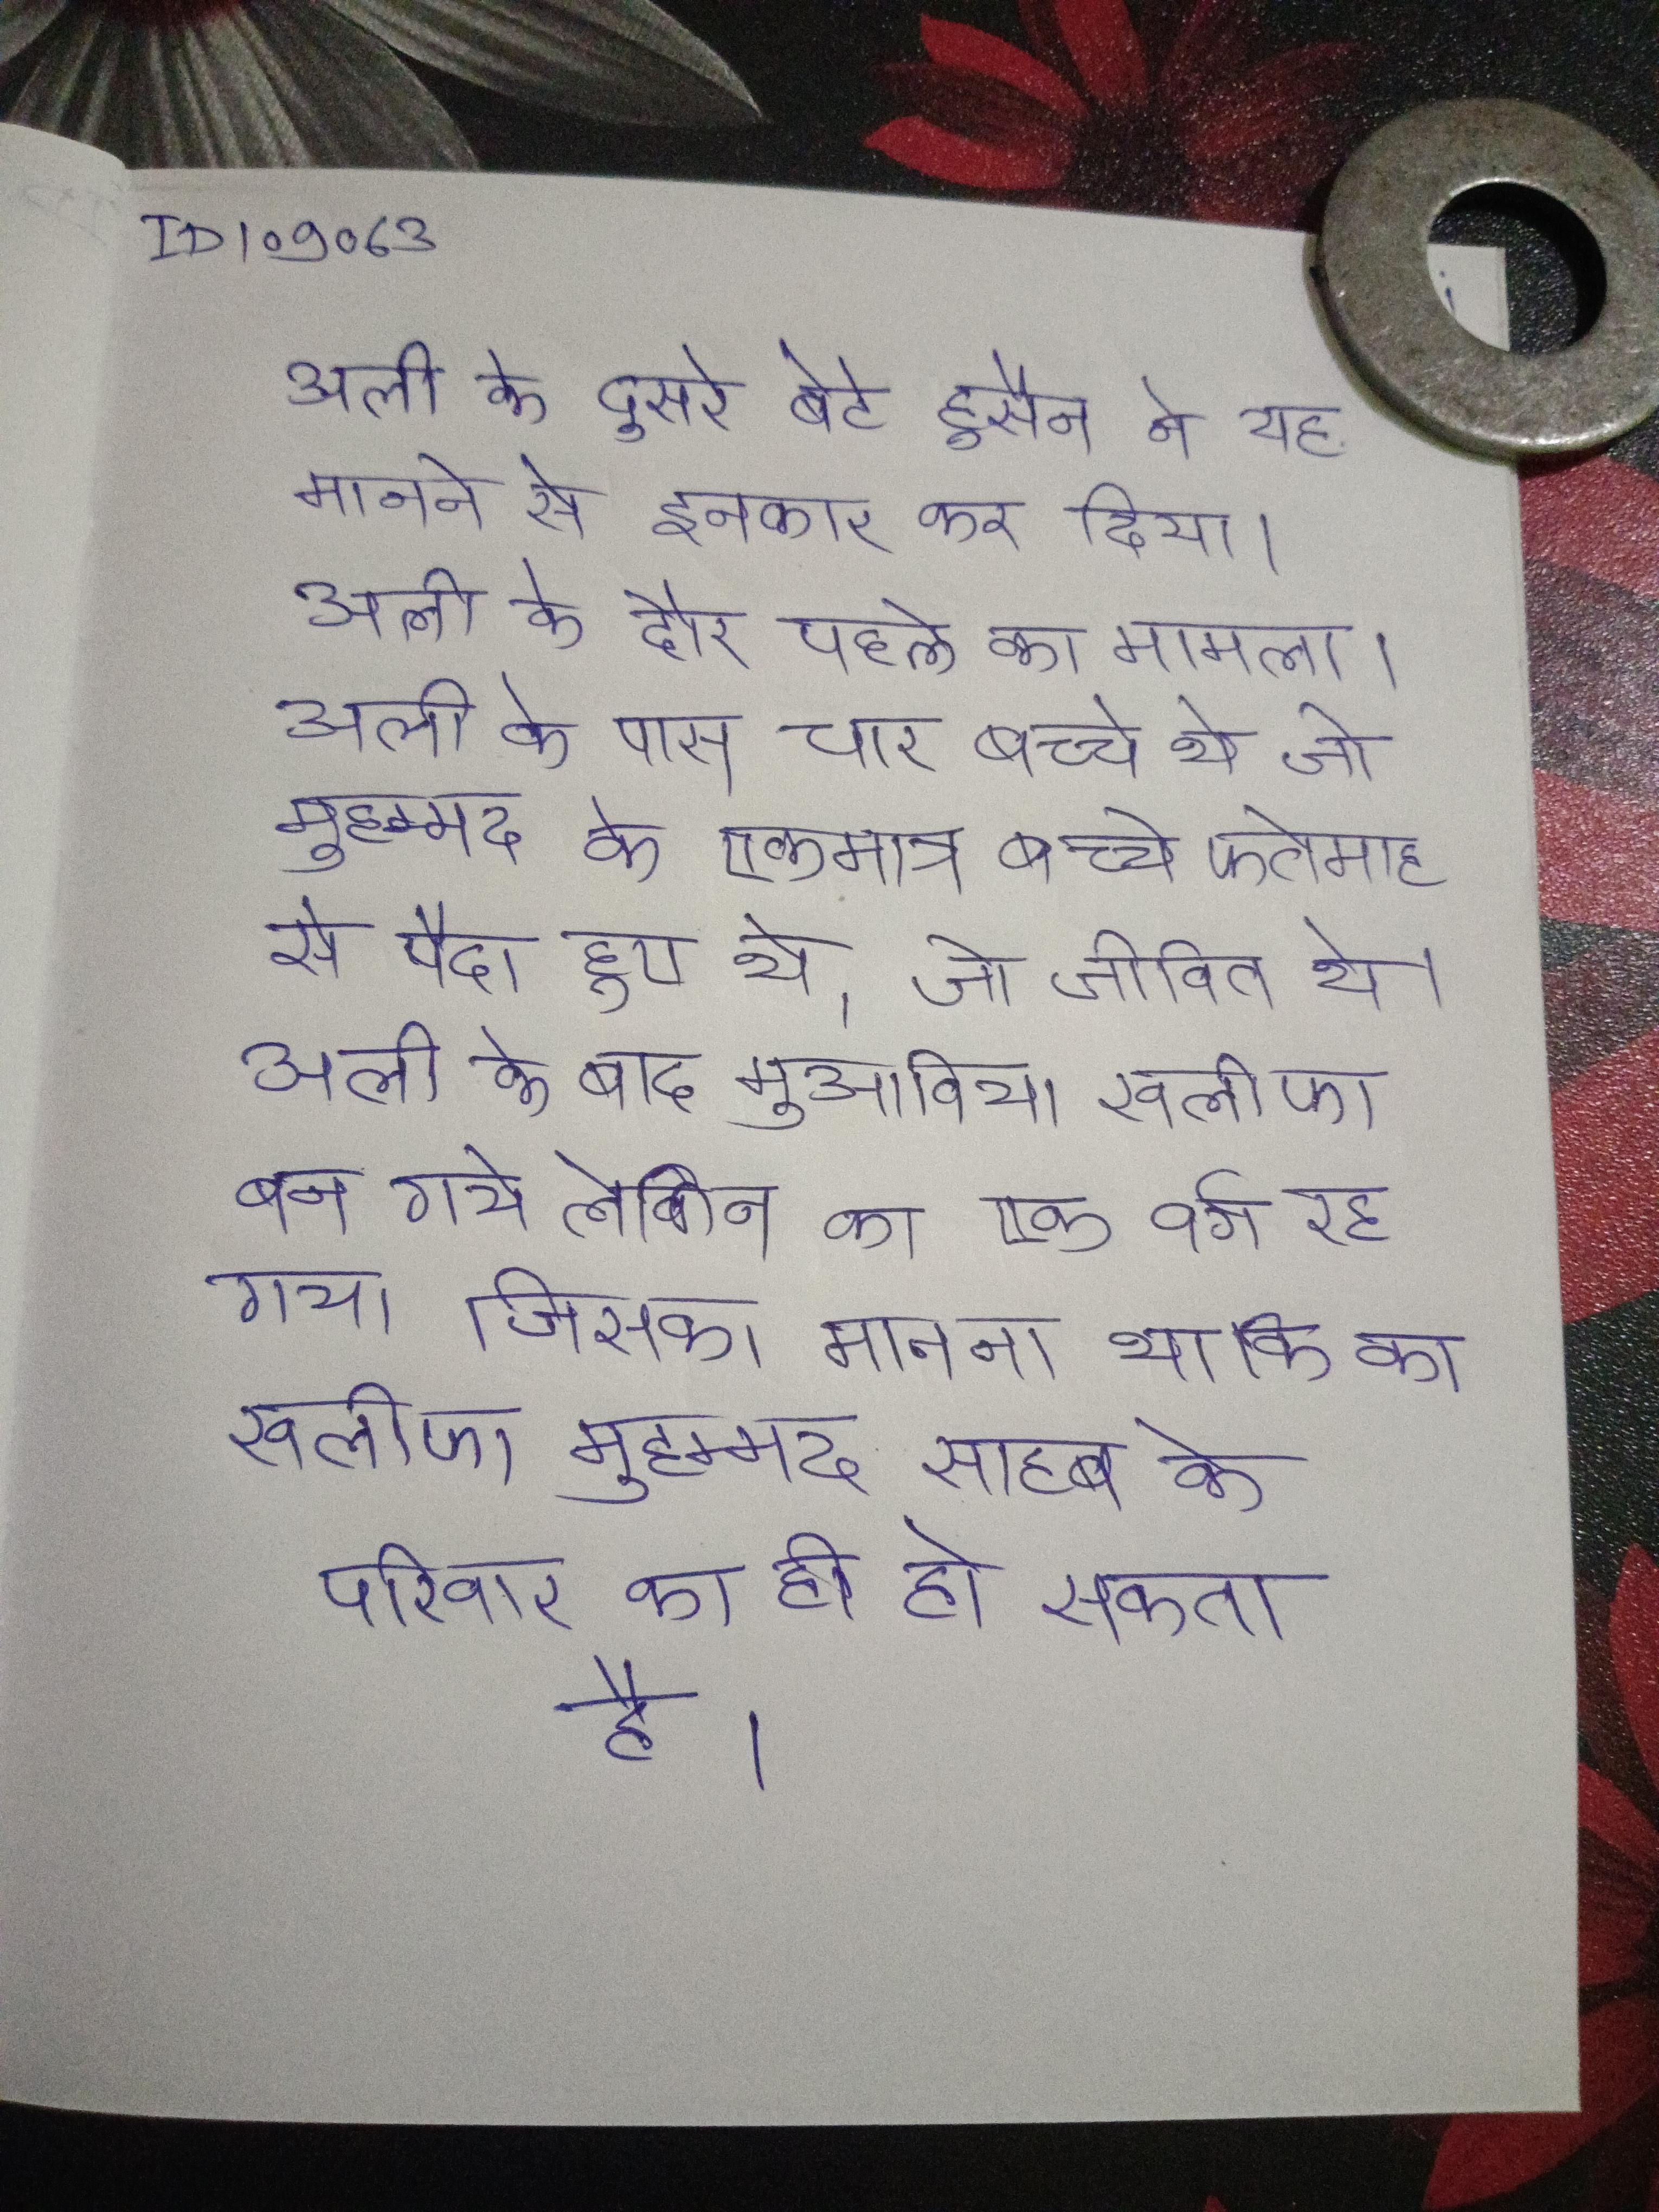
अली के दुसरे बेटे हुसैन ने यह मानने से इनकार कर दिया । अली के दौर पहले का मामला । अली के पास चार बच्चे थे जो मुहम्मद के एकमात्र बच्चे फतेमाह से पैदा हुए थे, जो जीवित थे । अली के बाद मुआविया खलीफा बन गये लेकिन का एक वर्ग रह गया जिसका मानना था कि का खलीफा मुहम्मद साहब के परिवार का ही हो सकता है ।